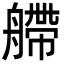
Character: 艜